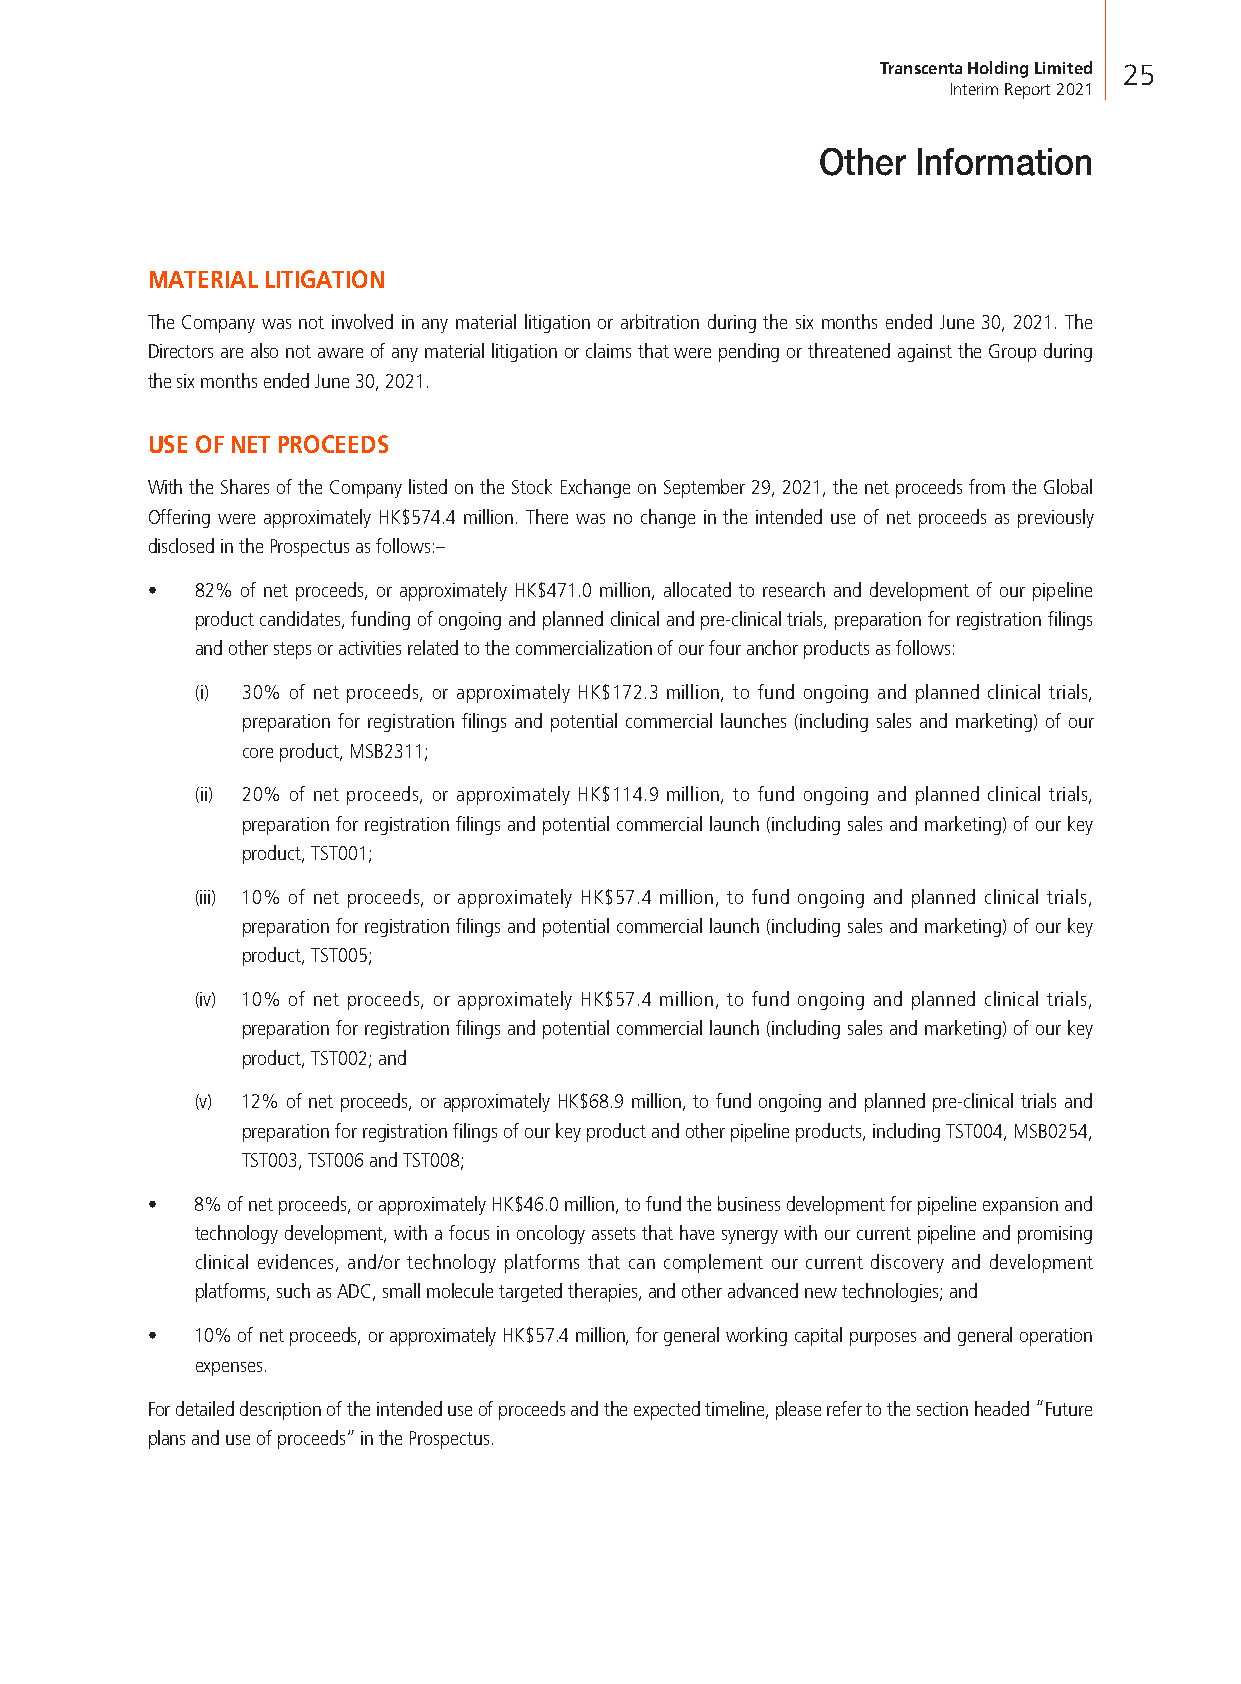
Transcenta Holding Limited 25
 Interim Report 2021
 Other  Information
 MATERIAL LITIGATION
 The Company was not involved in any material litigation or arbitration during the six months ended June 30, 2021. The
 Directors are also not aware of any material litigation or claims that were pending or threatened against the Group during
 the six months ended June 30, 2021.
 USE OF NET PROCEEDS
 With the Shares of the Company listed on the Stock Exchange on September 29, 2021, the net proceeds from the Global
 Offering were approximately HK$574.4 million. There was no change in the intended use of net proceeds as previously
 disclosed in the Prospectus as follows:–
 •  82% of net proceeds, or approximately HK$471.0 million, allocated to research and development of our pipeline
 product candidates, funding of ongoing and planned clinical and pre-clinical trials, preparation for registration filings
 and other steps or activities related to the commercialization of our four anchor products as follows:
 (i) 30% of net proceeds, or approximately HK$172.3 million, to fund ongoing and planned clinical trials,
 preparation for registration filings and potential commercial launches (including sales and marketing) of our
 core product, MSB2311;
 (ii) 20% of net proceeds, or approximately HK$114.9 million, to fund ongoing and planned clinical trials,
 preparation for registration filings and potential commercial launch (including sales and marketing) of our key
 product, TST001;
 (iii) 10% of net proceeds, or approximately HK$57.4 million, to fund ongoing and planned clinical trials,
 preparation for registration filings and potential commercial launch (including sales and marketing) of our key
 product, TST005;
 (iv) 10% of net proceeds, or approximately HK$57.4 million, to fund ongoing and planned clinical trials,
 preparation for registration filings and potential commercial launch (including sales and marketing) of our key
 product, TST002; and
 (v) 12% of net proceeds, or approximately HK$68.9 million, to fund ongoing and planned pre-clinical trials and
 preparation for registration filings of our key product and other pipeline products, including TST004, MSB0254,
 TST003, TST006 and TST008;
 •  8% of net proceeds, or approximately HK$46.0 million, to fund the business development for pipeline expansion and
 technology development, with a focus in oncology assets that have synergy with our current pipeline and promising
 clinical evidences, and/or technology platforms that can complement our current discovery and development
 platforms, such as ADC, small molecule targeted therapies, and other advanced new technologies; and
 •  10% of net proceeds, or approximately HK$57.4 million, for general working capital purposes and general operation
 expenses.
 For detailed description of the intended use of proceeds and the expected timeline, please refer to the section headed “Future
 plans and use of proceeds” in the Prospectus.